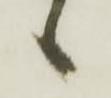
候